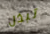
تبذل